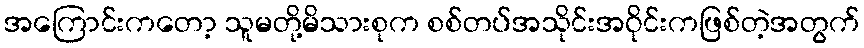
အကြောင်းကတော့ သူမတို့မိသားစုက စစ်တပ်အသိုင်းအဝိုင်းကဖြစ်တဲ့အတွက်